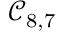
\mathcal { C } _ { 8 , 7 }